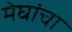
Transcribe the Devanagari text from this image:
मेघांचा